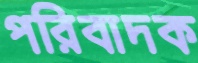
পরিবাদক